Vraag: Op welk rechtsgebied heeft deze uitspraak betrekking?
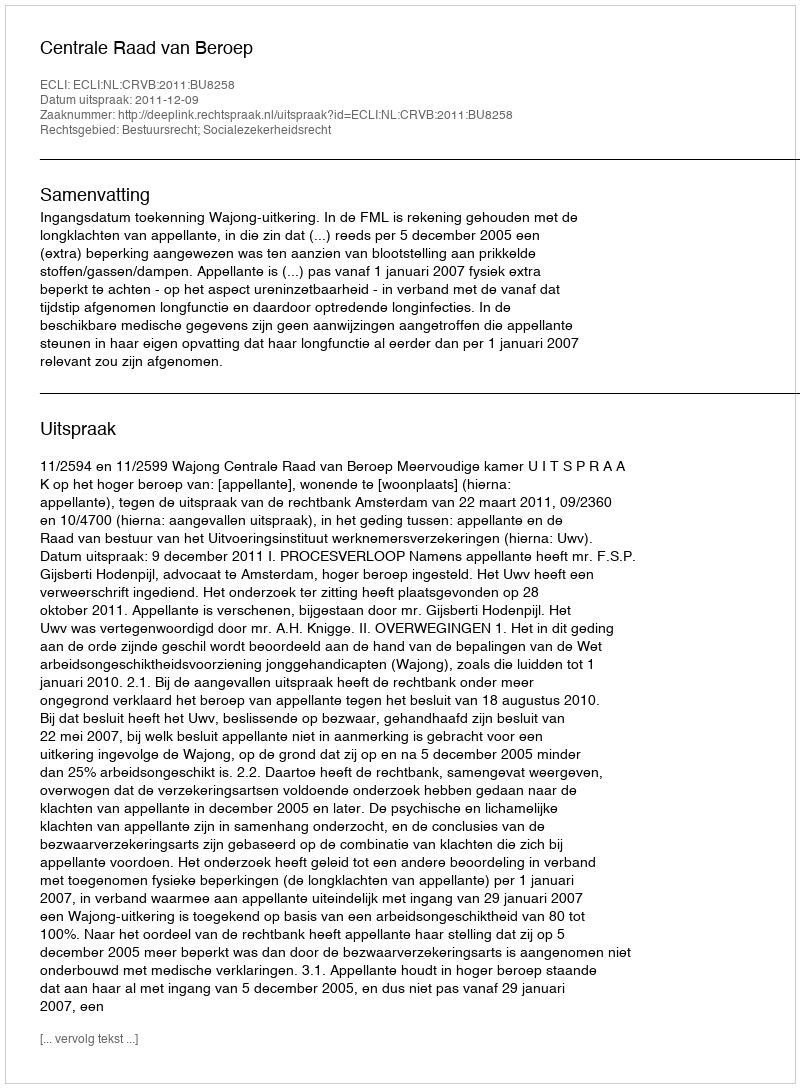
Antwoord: Bestuursrecht; Socialezekerheidsrecht